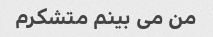
من می بینم متشکرم